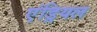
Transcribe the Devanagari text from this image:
एंड्रियल